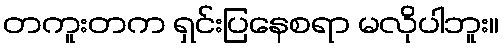
တကူးတက ရှင်းပြနေစရာ မလိုပါဘူး။